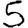
Digit: 5